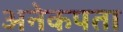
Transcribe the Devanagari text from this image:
अनेकपता